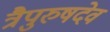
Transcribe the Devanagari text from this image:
त्रैपुरुषदेव